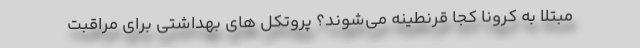
مبتلا به کرونا کجا قرنطینه می‌شوند؟ پروتکل های بهداشتی برای مراقبت